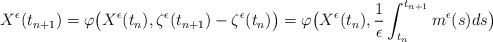
LaTeX: \begin{align*}X^\epsilon(t_{n+1})=\varphi\bigl(X^\epsilon(t_n),\zeta^\epsilon(t_{n+1})-\zeta^\epsilon(t_n)\bigr)=\varphi\bigl(X^\epsilon(t_n),\frac{1}{\epsilon}\int_{t_n}^{t_{n+1}}m^\epsilon(s)ds\bigr)\end{align*}